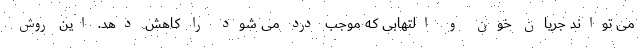
می تواند جریان خون و التهابی که موجب درد می شود را کاهش دهد. این روش